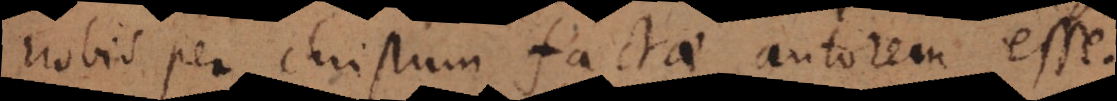
nobis per Christum factae autorem esse.